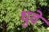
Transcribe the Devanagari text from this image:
धुवे